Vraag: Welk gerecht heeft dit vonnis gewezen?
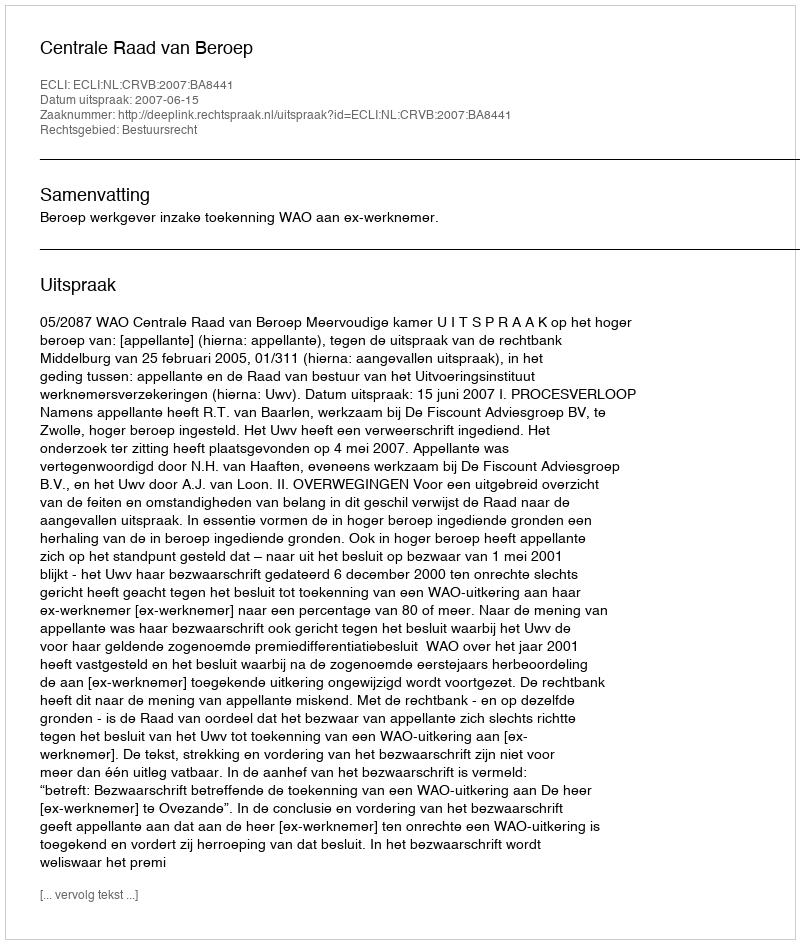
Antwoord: Centrale Raad van Beroep